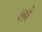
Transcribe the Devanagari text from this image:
ल्हो